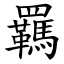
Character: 羈